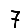
Digit: 7